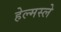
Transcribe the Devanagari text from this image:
हेल्मस्ले